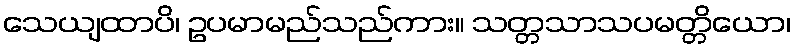
သေယျထာပိ၊ ဥပမာမည်သည်ကား။ သတ္တသာသပမတ္တိယော၊